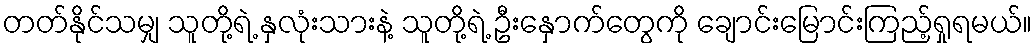
တတ်နိုင်သမျှ သူတို့ရဲ့ နှလုံးသားနဲ့ သူတို့ရဲ့ ဦးနှောက်တွေကို ချောင်းမြောင်းကြည့်ရှုရမယ်။